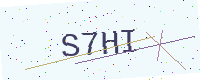
Text: S7HI